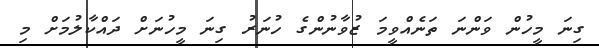
ގިނަ މީހުން ވަންނަ ތަނެއްްވީމަ ޒުވާނުންގެ ހުނަރު ގިނަ މީހުނަށް ދައްކާލުމަށް މި